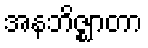
အနဘိဇ္ဈာတာ